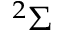
^ { 2 } \Sigma